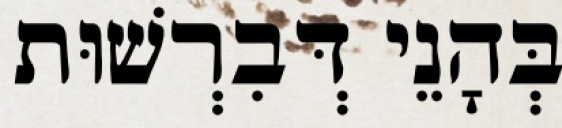
בְּהָנֵי דְּבִרְשׁוּת